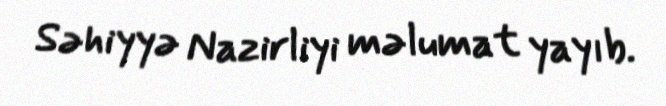
Səhiyyə Nazirliyi məlumat yayıb.